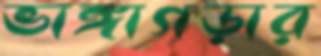
ভাঙ্গাগড়ার